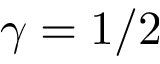
\gamma = 1 / 2